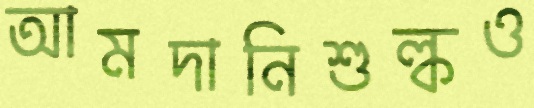
আমদানিশুল্কও